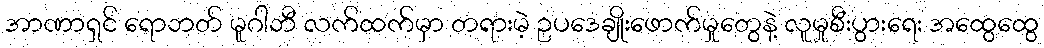
အာဏာရှင် ရောဘတ် မူဂါဘီ လက်ထက်မှာ တရားမဲ့ ဥပဒေချိုးဖောက်မှုတွေနဲ့ လူမှုစီးပွားရေး အထွေထွေ